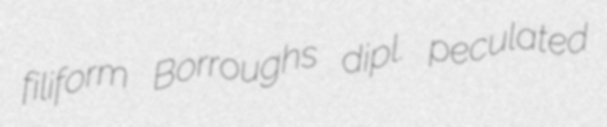
filiform Borroughs dipl. peculated